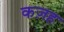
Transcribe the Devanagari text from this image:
कज़ह